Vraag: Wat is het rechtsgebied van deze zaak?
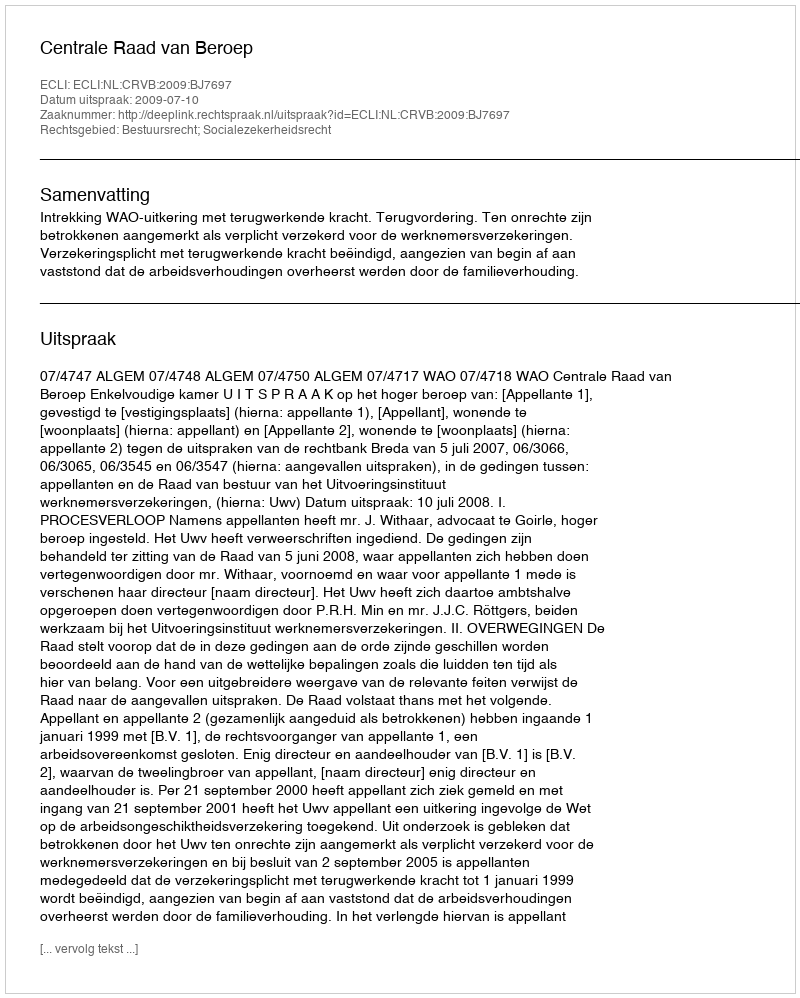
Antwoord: Bestuursrecht; Socialezekerheidsrecht